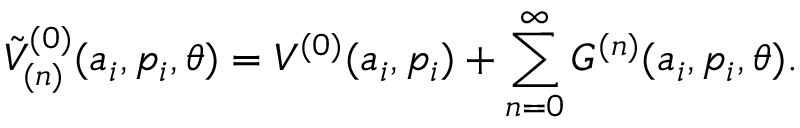
{ \tilde { V } } _ { ( n ) } ^ { ( 0 ) } ( a _ { i } , p _ { i } , \theta ) = V ^ { ( 0 ) } ( a _ { i } , p _ { i } ) + \sum _ { n = 0 } ^ { \infty } { \cal G } ^ { ( n ) } ( a _ { i } , p _ { i } , \theta ) .